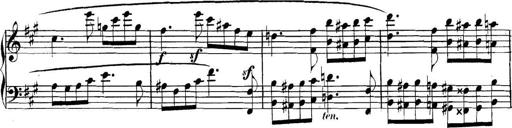
Title: Collected Piano Sonatas
Composer: Muzio Clementi